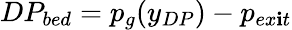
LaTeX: DP_{bed}=p_{g}(y_{DP})-p_{ex\mathbf{i}t}